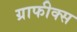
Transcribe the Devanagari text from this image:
ग्राफीक्स